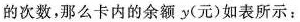
的次数，那么卡内的余额 y (元)如表所示：